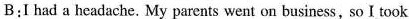
B:I had a headache. My parents went on business, so I took